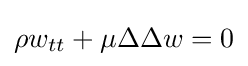
\rho w_{tt}+\mu \Delta \Delta w=0